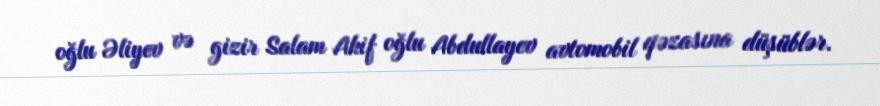
oğlu Əliyev və gizir Salam Akif oğlu Abdullayev avtomobil qəzasına düşüblər.